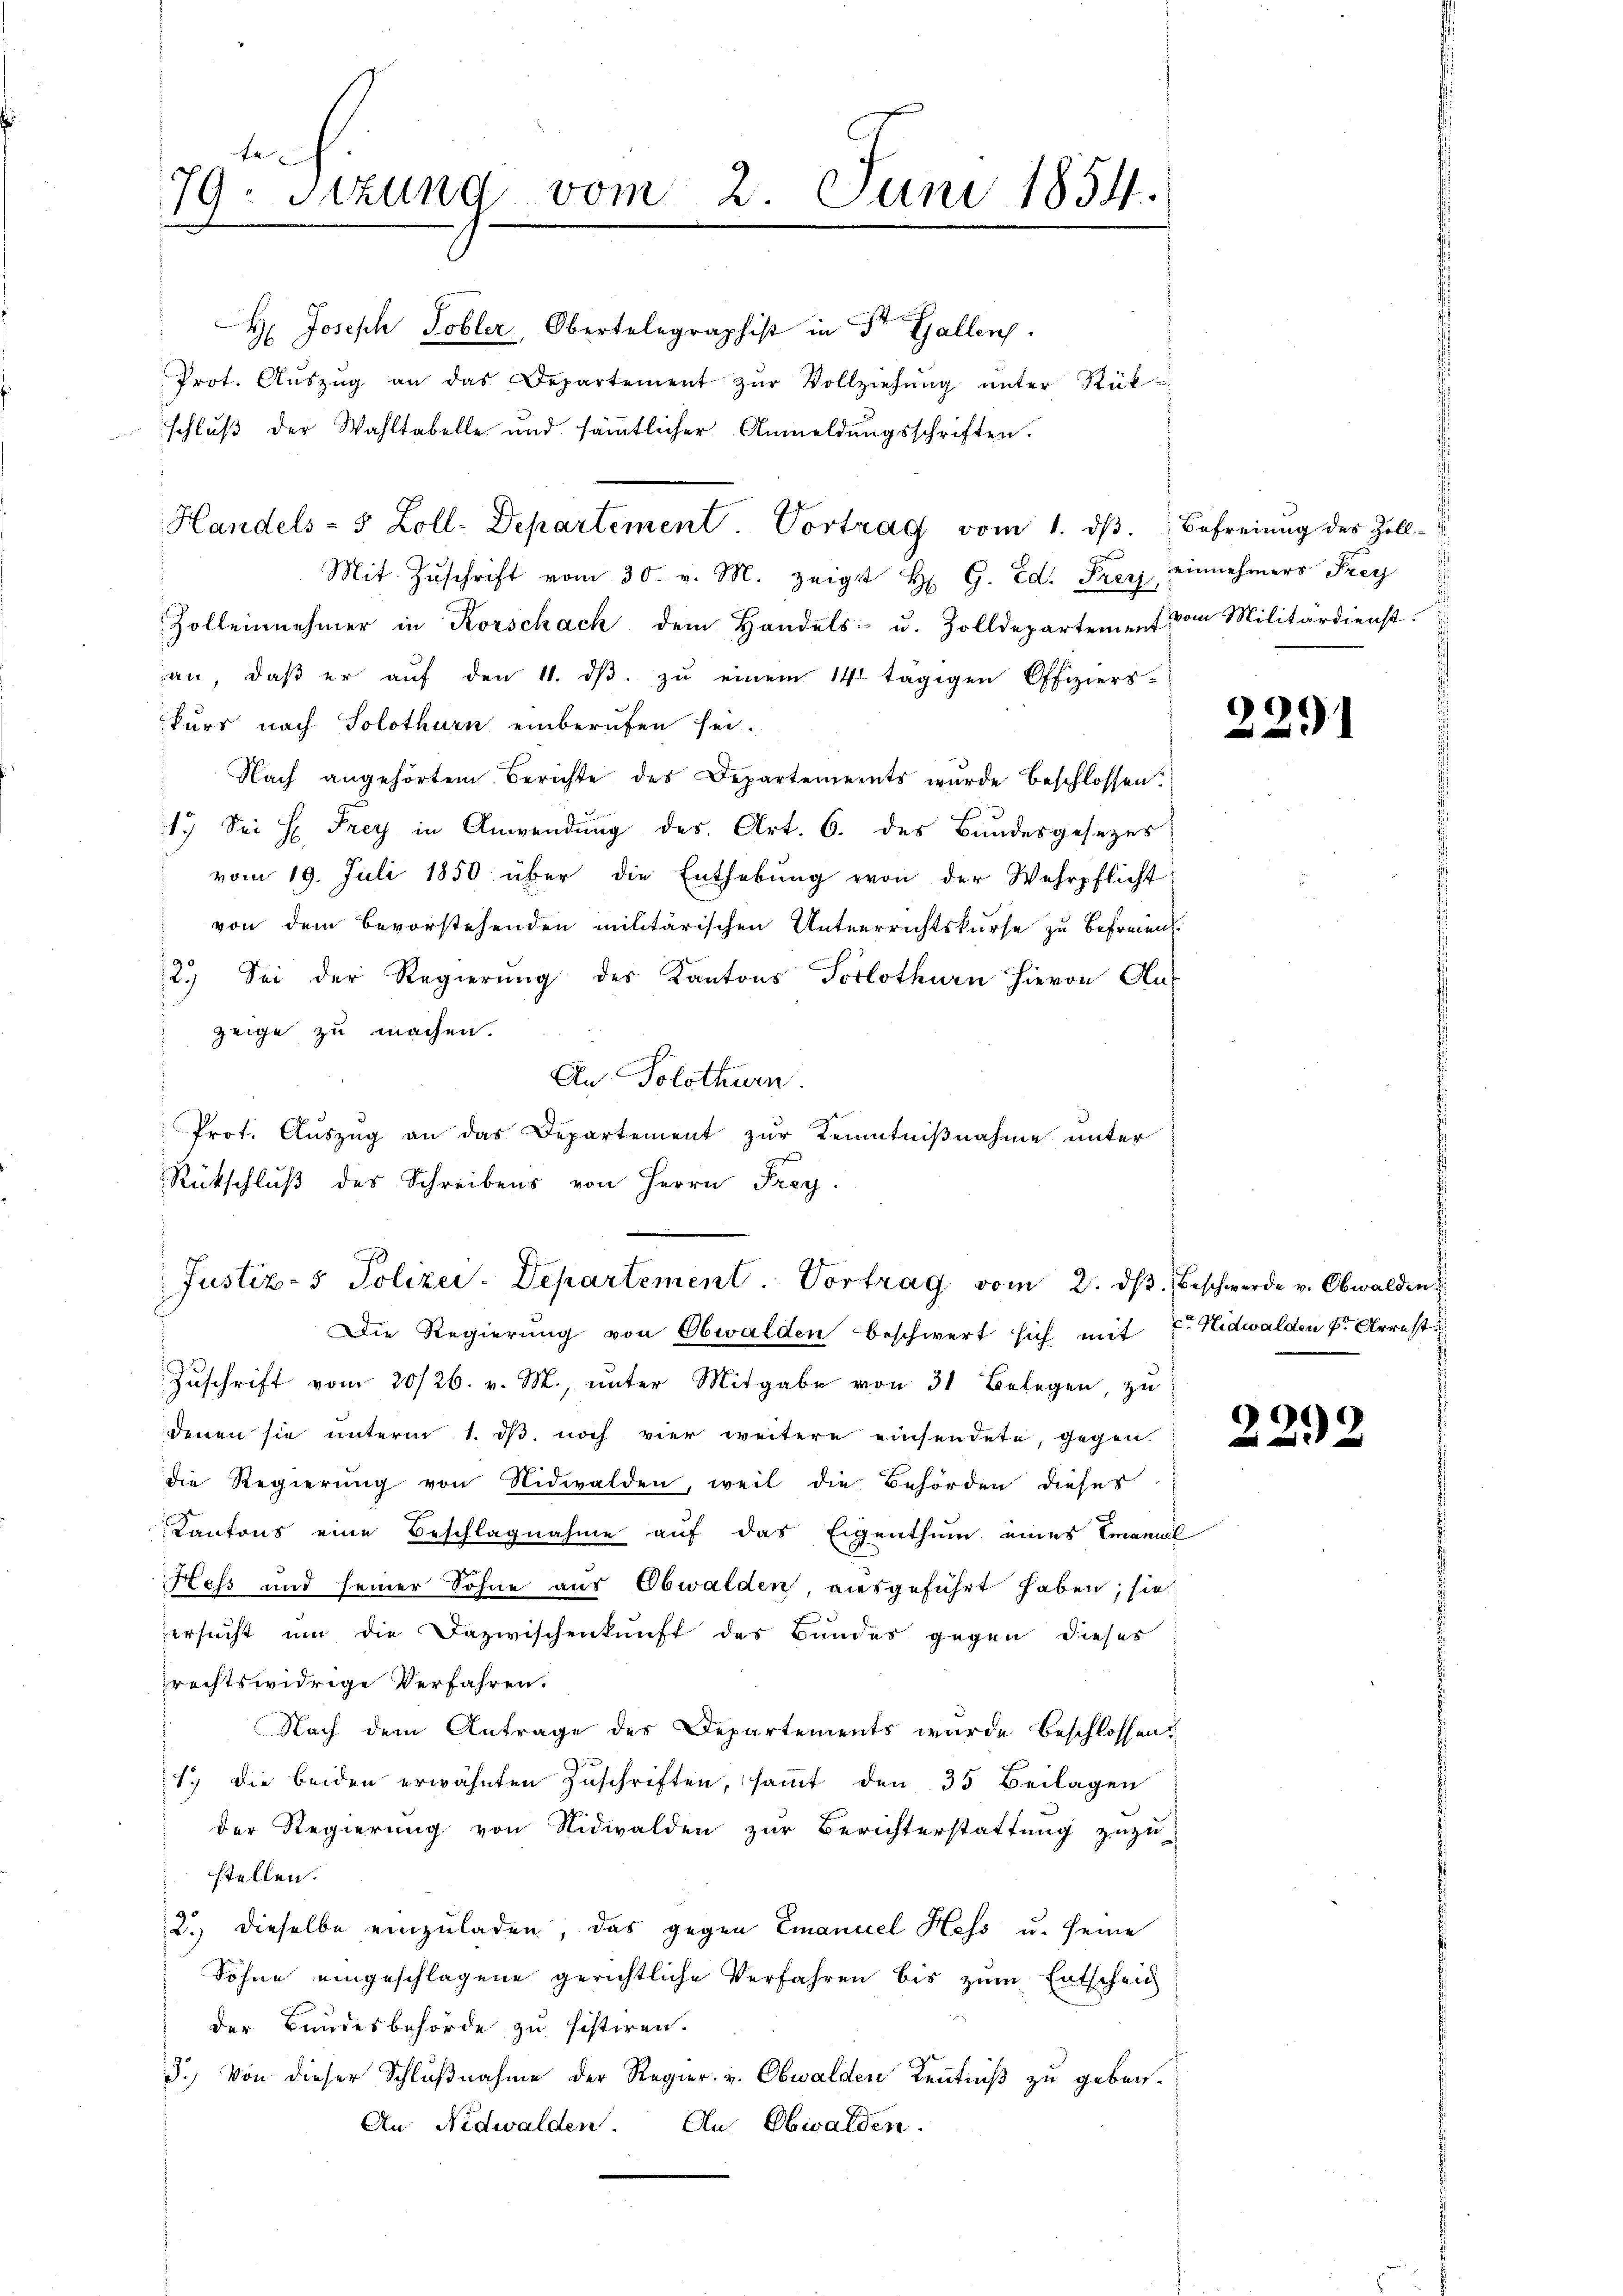
79. Sitzung vom 2. Juni 1854.

H. Joseph Tobler, Obertelegraphist in Dr. Gallen.
Prot. Aŭszŭg an das Departement zŭr Vollziehŭng ŭnter Rük¬
Mit Zŭschrift vom 30. v. M. zeigt H. G. Ed. Frey einnehmers Frey
Zollennehmer in Korschach dem Handels- u. Zolldepartement vom Militärdienst.
an, daß er auf den 11. ds. zu einem 14 tägigen Offiziers-
kurs nach Solothurn einberufen sei.
Nach angehörtem Berichte des Departements wurde beschlossen:
1.) Sei H. Frey in Anwendung des Art. 6. des Bundesgesezes
vom 19. Juli 1850 über die Enthebung von der Wehrpflicht
von dem bevorstehenden militärischen Unterrrichtskurse zu befreien.
2.) Sei der Regierŭng des Kantons Solothurn hievon Aus
zeige zu machen.
An Solothurn
Prot. Auszug an das Departement zur Kenntnißnahme unter
Rückschluß des Schreibens von Herrn Frey.
Justiz- & Polizei-Departement. Vortrag vom 2. dβ. Beschwerde v. Obwalden
Die Regierung von Obwalden beschwert sich mit Fr. Nidwalden v. Arrest
Zuschrift vom 20/26. v. M., unter Mitgabe von 31 Belegen, zu
denen sie unterm 1. dβ noch vier weitere einsendete, gegen
2
die Regierung von Nidwalden, weil die Behörden dieses
Kantons eine Beschlagnahme auf das Eigenthum eines Emanal
Hess und seiner Sohne aus Obwalden, ausgeführt haben; sie
ersucht um die Dazwischenkunft des Bundes gegen dieses
rechtswidrige Verfahren.
Nach dem Antrage des Departements wurde beschlossen?
f
1.) Die beiden erwähnten Zuschriften, samt den 35 Beilagen
der Regierung von Nidwalden zur Berichterstattung zuzu-
stellen.
2.) Dieselbe einzuladen, das gegen Emanuel Hess u. seine
Söhne eingeschlagene gerichtliche Verfahren bis zum Entscheid
der Bundesbehörde zu sistiren.
3.) Von dieser Schlußnahme der Regier. v. Obwalden Kenntniß zu geben.
An Nidwalden. An Obwalden.

Handels- 5 Zoll-Departement. Vortrag vom 1. ds. Befreiung des Zoll-

schluß der Wahltabelle und sämtlicher Anmeldŭngsschriften.

2291

22.2